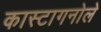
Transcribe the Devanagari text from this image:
कास्टागनोले